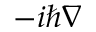
- i \hbar \nabla